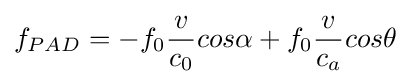
f_{PAD}=-f_{0}{\frac {v}{c_{0}}}cos\alpha +f_{0}{\frac {v}{c_{a}}}cos\theta